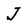
Character: J